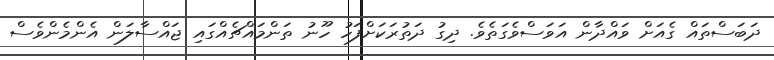
ދަބަސްތައް ގެއަށް ވައްދާން އަވަސްވެގަތެވެ. ދިގު ދަތުރަކަށްފަހު ހޫނު ތަންމައްޗެއްގައި ޖައްސާލަން އެންމެންވެސް